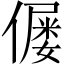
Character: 𠎪